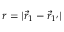
{ r = | \vec { r } _ { 1 } - \vec { r } _ { 1 ^ { \prime } } | }